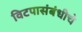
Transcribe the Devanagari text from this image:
विटपासंबंधीचे